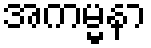
အကမ္မနာ